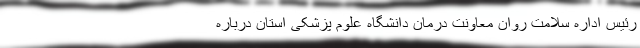
رئیس اداره سلامت روان معاونت درمان دانشگاه علوم‌ پزشکی استان درباره